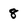
Character: 8